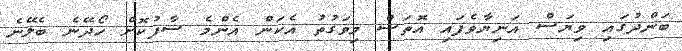
ބަންދުގައި ވިޔަސް އަނިޔާވެފައި އޮތަސް މިވަގުތު އެކަން އެންމެ ސާފުކޮށް ހޯދޭނެ ބެލޭނެ